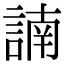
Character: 諵